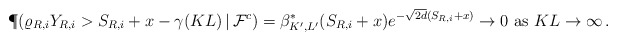
\begin{align*} \P&(\varrho_{R, i}Y_{R, i}>S_{R,i} + x - \gamma(KL)\,|\,{\cal F}^c) =\beta^*_{K', L'}(S_{R,i} + x) e^{-\sqrt{2d} (S_{R,i} + x)} \to 0 \mbox{ as } KL\to \infty\,. \end{align*}